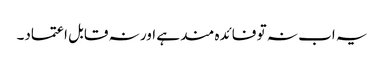
یہ اب نہ تو فائدہ مند ہے اور نہ قابل اعتماد۔